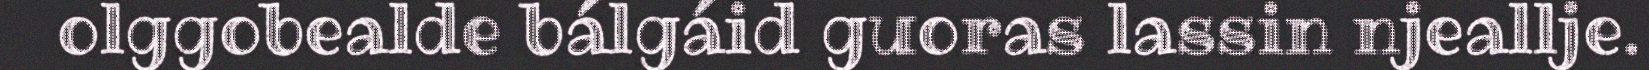
olggobealde bálgáid guoras lassin njeallje.